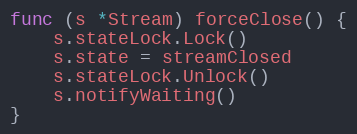
Language: Go
func (s *Stream) forceClose() {
	s.stateLock.Lock()
	s.state = streamClosed
	s.stateLock.Unlock()
	s.notifyWaiting()
}